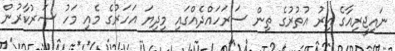
ނައިޖީރިއާގެ އިރު އުތުރުގެ ތިން ސަރަހައްދެއްގައި މިދިޔަ އަހަރުގެ މެއި މަހު ސަރުކާރުން